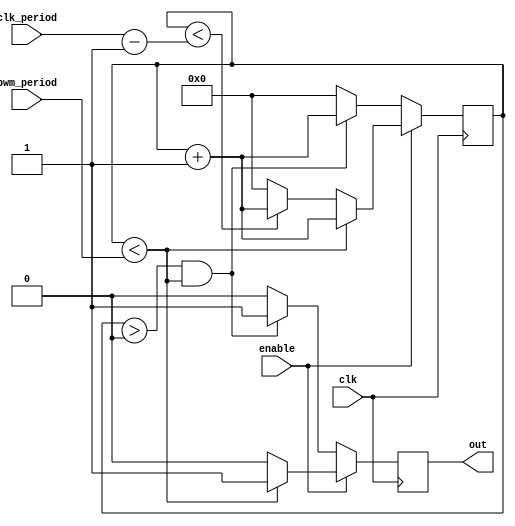
module pwm (
    input clk,
    input enable,
	input [31:0] clk_period,
    input [31:0] pwm_period,
    output out
    );
    
reg clk_out=1'b0;
reg [31:0] counter = 32'b0;

always @(posedge clk)
begin
  if (enable == 1'b1)
    begin
      if (counter < pwm_period)
        begin
         clk_out <= 1'b1;
         counter <= counter + 32'b1;
        end
      else
        begin
        if (counter < (clk_period-1))
         begin
          clk_out <= 1'b0;
          counter <= counter + 32'b1;
         end
        else 
         begin
          clk_out <= 1'b0;
          counter <= 32'b0;
         end
       end //end if counter < pwm_period
      
     end   //end if(enable)
   else
     begin
        if ((counter > 0) && (counter < pwm_period) )   //gracefully end the last pwm if it has begun
           begin
              clk_out <= 1'b1;
              counter <= counter + 32'b1;
           end
        else
           begin
             clk_out <= 1'b0;
             counter <= 32'b0;
           end
     end 
   
end 

assign out = clk_out;
    
endmodule